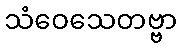
သံဝေသေတဗ္ဗာ